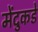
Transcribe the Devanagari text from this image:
मेंदुकडे